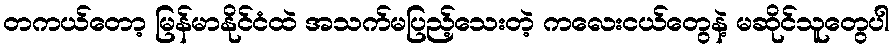
တကယ်တော့ မြန်မာနိုင်ငံထဲ အသက်မပြည့်သေးတဲ့ ကလေးငယ်တွေနဲ့ မဆိုင်သူတွေပါ